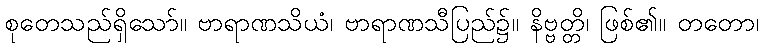
စုတေသည်ရှိသော်။ ဗာရာဏသိယံ၊ ဗာရာဏသီပြည်၌။ နိဗ္ဗတ္တိ၊ ဖြစ်၏။ တတော၊